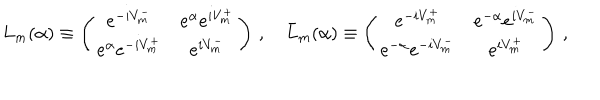
LaTeX: L _ { m } ( \alpha ) \equiv \left( \begin{array} { c c } { { e ^ { - i V _ { m } ^ { - } } } } & { { e ^ { \alpha } e ^ { i V _ { m } ^ { + } } } } \\ { { e ^ { \alpha } e ^ { - i V _ { m } ^ { + } } } } & { { e ^ { i V _ { m } ^ { - } } } } \\ \end{array} \right) \, , \quad \bar { L } _ { m } ( \alpha ) \equiv \left( \begin{array} { c c } { { e ^ { - i V _ { m } ^ { + } } } } & { { e ^ { - \alpha } e ^ { i V _ { m } ^ { - } } } } \\ { { e ^ { - \alpha } e ^ { - i V _ { m } ^ { - } } } } & { { e ^ { i V _ { m } ^ { + } } } } \\ \end{array} \right) \, ,